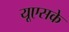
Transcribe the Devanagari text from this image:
यूएसके